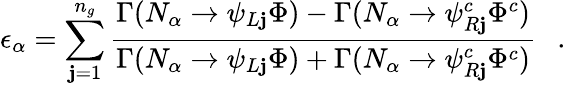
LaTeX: \epsilon_{\alpha}=\sum_{\mathbf{j}=1}^{n_{g}}\frac{{\Gamma(N_{\alpha}\rightarrow\psi_{L\mathbf{j}}\Phi)-\Gamma(N_{\alpha}\rightarrow\psi_{R\mathbf{j}}^{c}\Phi^{c})}}{{\Gamma(N_{\alpha}\rightarrow\psi_{L\mathbf{j}}\Phi)+\Gamma(N_{\alpha}\rightarrow\psi_{R\mathbf{j}}^{c}\Phi^{c})}}~~~.